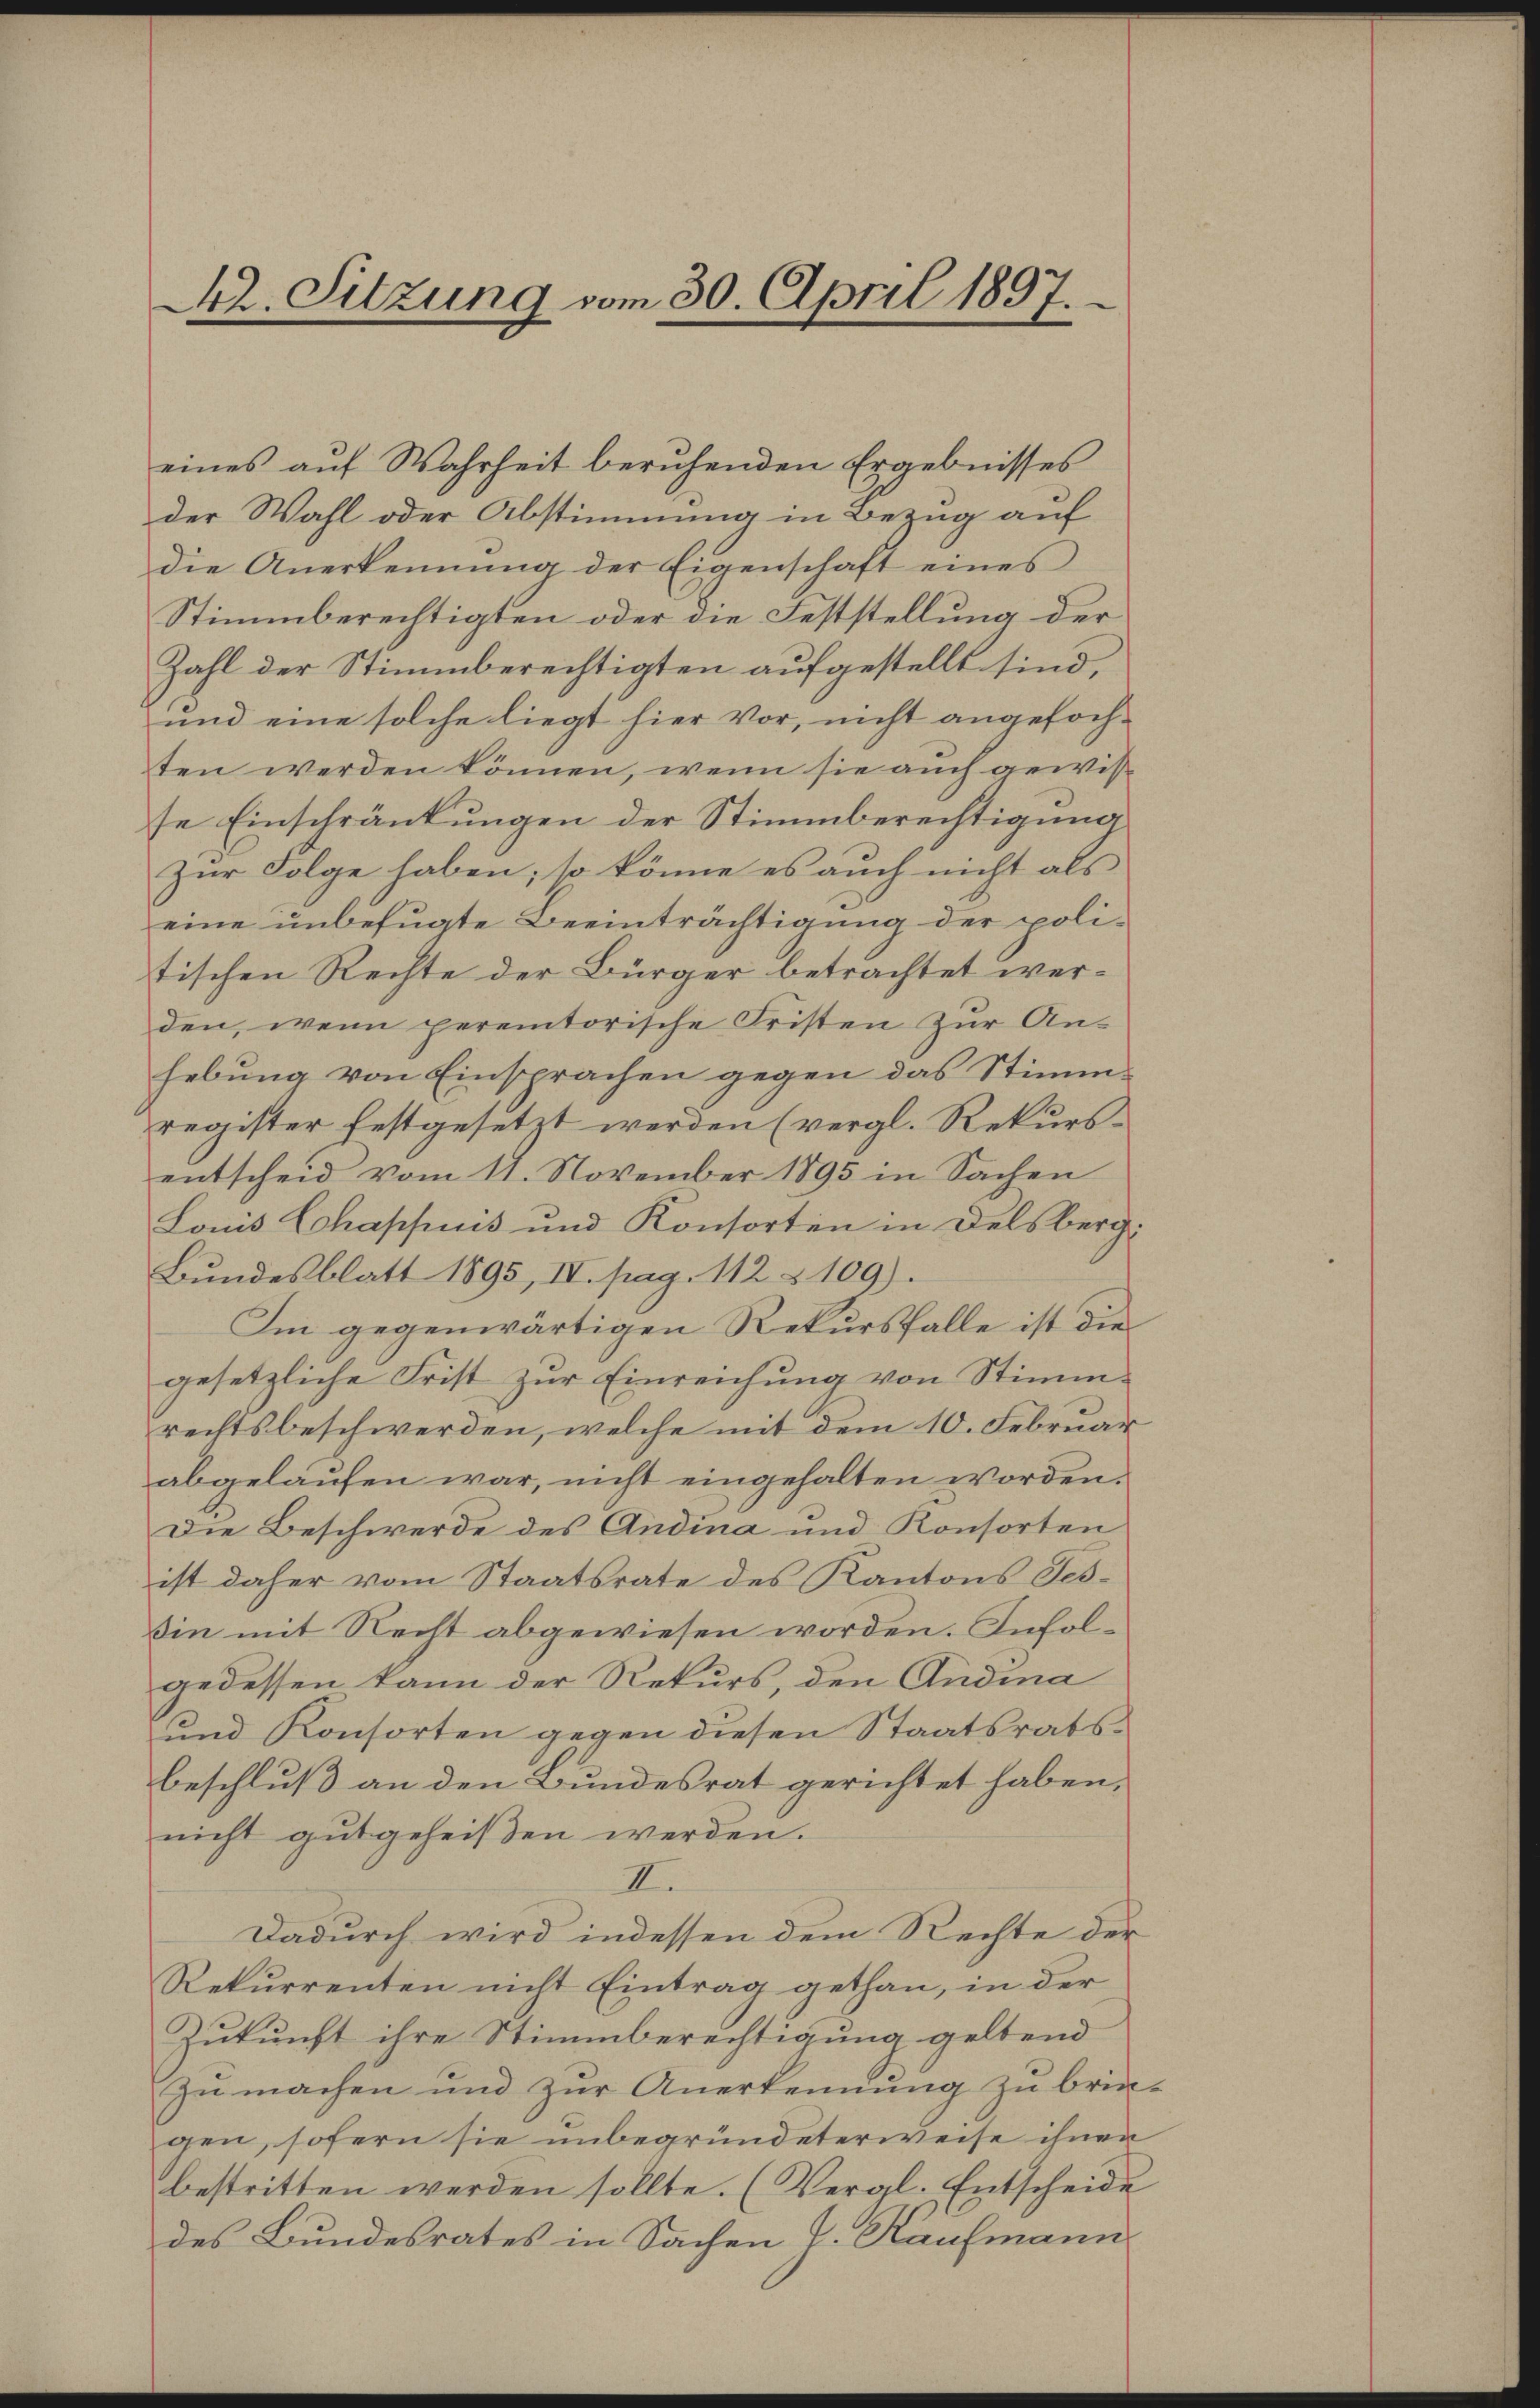
42. Sitzung vom 30. April 1897.

eines auf Wahrheit beruhenden Ergebnisses
der Wahl oder Abstimmung in Bezug auf
die Anerkennung der Eigenschaft eines
Stimmberechtigten oder die Feststellung der
Zahl der Stimmberechtigten aufgestellt sind,
und eine solche liegt hier vor, nicht angefochten werden können, wenn sie auch gewisse Einschränkungen der Stimmberechtigung
Zur Folge haben; so könne es auch nicht als
eine unbefugte Beeinträchtigung der politischen Rechte der Bürger betrachtet werden, wenn peremtorische Fristen zur An-
hebung von Einsprachen gegen das Stimm-
register festgesetzt werden (vergl. Rekursentscheid vom 11. November 1895 in Sachen
Louis Chappuis und Konsorten in Delsberg:
Bundesblatt 1895, IV. pag. 112 § 109).
Im gegenwärtigen Rekursfalle ist die
gesetzliche Frist zur Einreichung von Stimmrechtsbeschwerden, welche mit dem 10. Februar
abgelaufen war, nicht eingehalten worden,
Die Beschwerde des Andina und Konsorten
ist daher vom Staatsrate des Kantons Tessin mit Recht abgewiesen worden. Infolgedessen kann der Rekurs, den Andina
und Konsorten gegen diesen Staatsratsbeschluß an den Bundesrat gerichtet haben,
nicht gutgeheißen werden.
II.
Dadurch wird indessen dem Rechte der
Rekurrenten nicht Eintrag gethan, in der
Zukunft ihre Stimmberechtigung geltend
zu machen und zur Anerkennung zu brin-
gen, sofern sie unbegründeterweise ihnen
bestritten werden sollte. (Vergl. Entscheide
des Bundesrates in Sachen V. Kaufmann